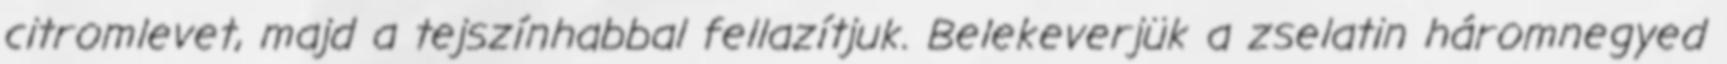
citromlevet, majd a tejszínhabbal fellazítjuk. Belekeverjük a zselatin háromnegyed